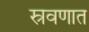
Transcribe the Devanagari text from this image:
स्रवणात